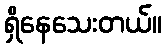
ရှိနေသေးတယ်။